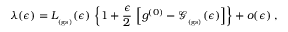
\lambda ( \epsilon ) = L _ { _ \mathrm { ( g s ) } } ( \epsilon ) \, \left\{ 1 + \frac { \epsilon } { 2 } \, \left[ g ^ { ( 0 ) } - { \mathcal G } _ { _ \mathrm { ( g s ) } } ( \epsilon ) \right] \right\} + o ( \epsilon ) \; ,